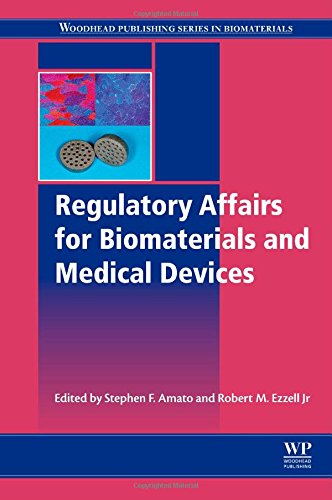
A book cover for Regulatory Affairs for Biomaterials and Medical Devices (Woodhead Publishing Series in Biomaterials); Law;